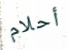
أحلام